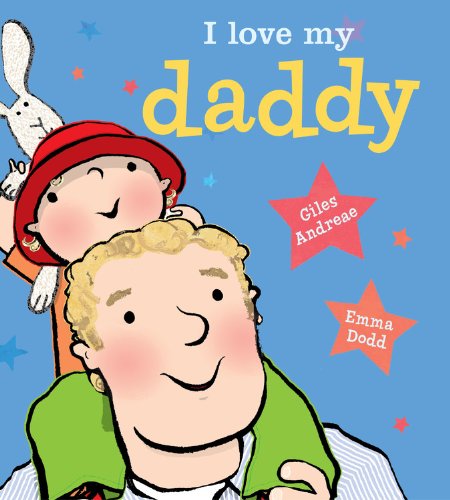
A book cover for I Love My Daddy (Board Book); Giles Andreae; Children's Books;